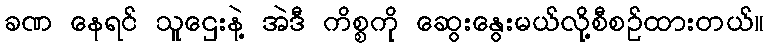
ခဏ နေရင် သူဌေးနဲ့ အဲဒီ ကိစ္စကို ဆွေးနွေးမယ်လို့စီစဉ်ထားတယ်။